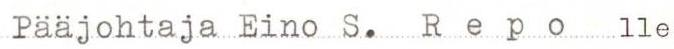
Pääjohtaja Eino S. Repo lle